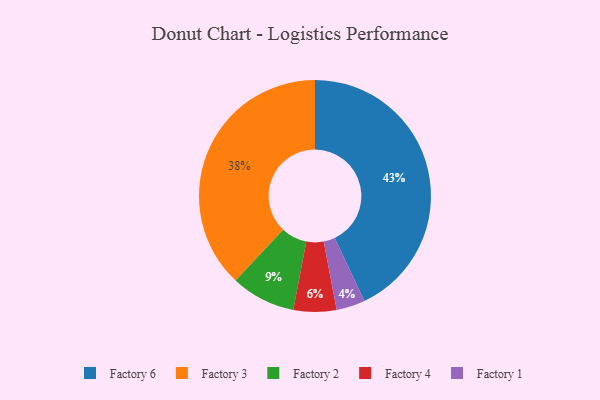
{"axis": {"x": "Category", "y": "Percentage"}, "legend": ["Factory 1", "Factory 2", "Factory 3", "Factory 4", "Factory 6"], "data": [{"x": "Factory 2", "y": 9, "type": "Factory 2"}, {"x": "Factory 3", "y": 38, "type": "Factory 3"}, {"x": "Factory 6", "y": 43, "type": "Factory 6"}, {"x": "Factory 1", "y": 4, "type": "Factory 1"}, {"x": "Factory 4", "y": 6, "type": "Factory 4"}]}